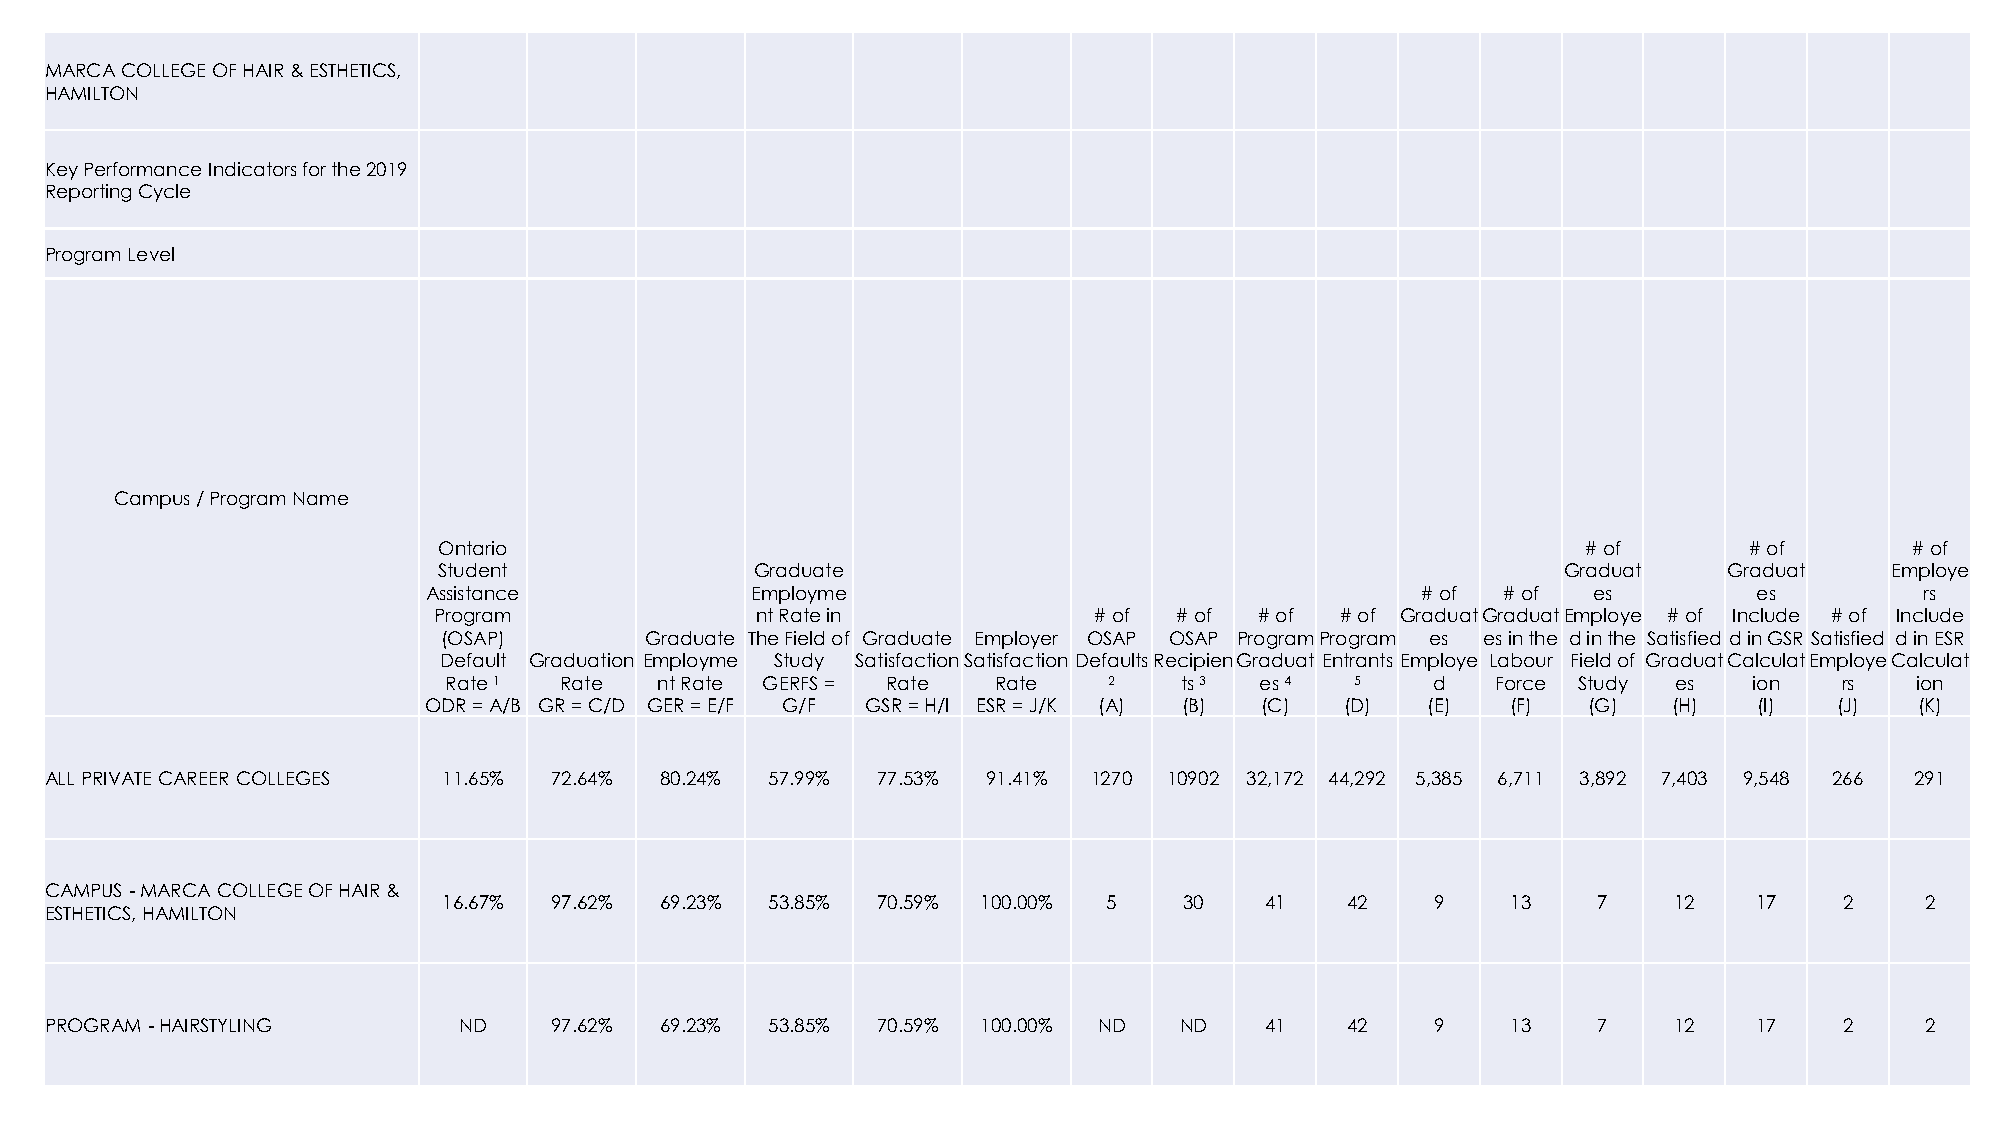
MARCA COLLEGE OF HAIR & ESTHETICS,
 HAMILTON
 Key Performance Indicators for the 2019
 Reporting Cycle
 Program Level
 Campus / Program Name
 Ontario                                                                     # of       # of      # of
 Student              Graduate                                             Graduat    Graduat    Employe
 Assistance            Employme                                    # of # of  es         es         rs
 Program              nt Rate in            # of  # of # of  # of GraduatGraduatEmploye # of Include # of Include
 (OSAP)        Graduate The Field of Graduate Employer OSAP OSAP Program Program es es in the d in the Satisfied d in GSR Satisfied d in ESR
 Default Graduation Employme Study Satisfaction Satisfaction Defaults RecipienGraduat Entrants Employe Labour Field of GraduatCalculatEmployeCalculat
 Rate 1  Rate  nt Rate GERFS = Rate   Rate   2    ts 3 es 4   5    d   Force Study es   ion   rs   ion
 ODR = A/B GR = C/D GER = E/F G/F GSR = H/I ESR = J/K (A) (B) (C) (D) (E) (F) (G)   (H)  (I)   (J)  (K)
 ALL PRIVATE CAREER COLLEGES 11.65% 72.64% 80.24% 57.99% 77.53% 91.41% 1270 10902 32,172 44,292 5,385 6,711 3,892 7,403 9,548 266 291
 CAMPUS -MARCA COLLEGE OF HAIR &
 16.67% 97.62%  69.23% 53.85% 70.59% 100.00% 5    30    41   42    9    13    7    12   17    2    2
 ESTHETICS, HAMILTON
 PROGRAM -HAIRSTYLING       ND    97.62%  69.23% 53.85% 70.59% 100.00% ND   ND    41   42    9    13    7    12   17    2    2